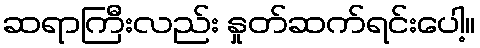
ဆရာကြီးလည်း နှုတ်ဆက်ရင်းပေါ့။